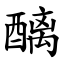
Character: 醨